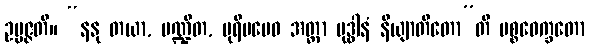
ဥပ္ပဇ္ဇတိ။ “နနု တယာ, ပဏ္ဍိတ, ပုရိမမေဝ အတ္တာ ဗုဒ္ဓါနံ နိယျာတိတော”တိ ပစ္စဝေက္ခတော